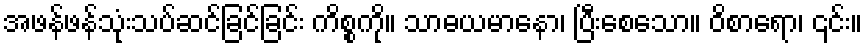
အဖန်ဖန်သုံးသပ်ဆင်ခြင်ခြင်း ကိစ္စကို။ သာဓယမာနော၊ ပြီးစေသော။ ဝိစာရော၊ ၎င်း။